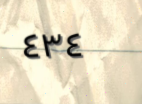
٤٣٤